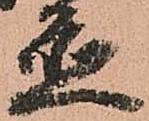
置